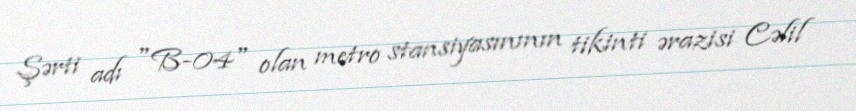
Şərti adı "B-04" olan metro stansiyasınının tikinti ərazisi Cəlil